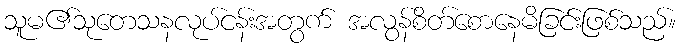
သူမ၏သုတေသနလုပ်ငန်းအတွက် အလွန်စိတ်စောနေမိခြင်းဖြစ်သည်။